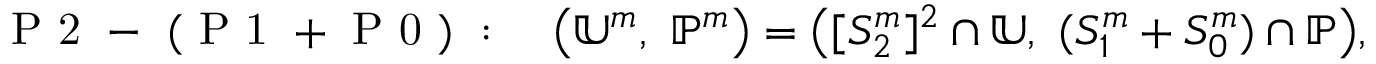
\mathrm { ~ P ~ 2 ~ - ~ ( ~ P ~ 1 ~ + ~ P ~ 0 ~ ) ~ } : \quad \bigl ( \mathbb { U } ^ { m } , ~ \mathbb { P } ^ { m } \bigr ) = \bigl ( [ S _ { 2 } ^ { m } ] ^ { 2 } \cap \mathbb { U } , ~ ( S _ { 1 } ^ { m } + S _ { 0 } ^ { m } ) \cap \mathbb { P } \bigr ) ,